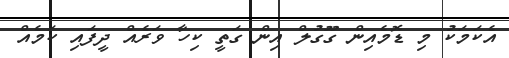
އެކަމަކު މި ޑޮމެއިން ގޫގުލް އިން ގަތީ ކިހާ ވަރެއް ދީފައި ކަމެއް